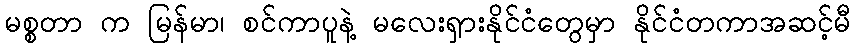
မစ္စတာ က မြန်မာ၊ စင်ကာပူနဲ့ မလေးရှားနိုင်ငံတွေမှာ နိုင်ငံတကာအဆင့်မီ